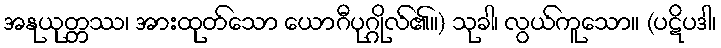
အနုယုတ္တဿ၊ အားထုတ်သော ယောဂီပုဂ္ဂိုလ်၏။) သုခါ၊ လွယ်ကူသော။ (ပဋိပဒါ၊